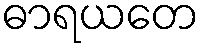
ဓာရယတေ